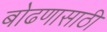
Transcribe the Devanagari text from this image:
बोढणासाठी